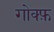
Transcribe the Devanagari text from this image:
गोक्फ़